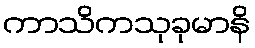
ကာသိကသုခုမာနိ